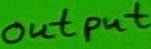
Text: output